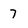
Character: 7